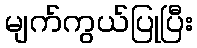
မျက်ကွယ်ပြုပြီး